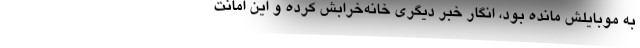
به موبایلش مانده بود، انگار خبر دیگری خانه‌خرابش کرده و این امانت